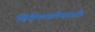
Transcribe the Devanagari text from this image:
क्षितिमण्डलेश्वरशतैः